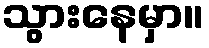
သွားနေမှာ။